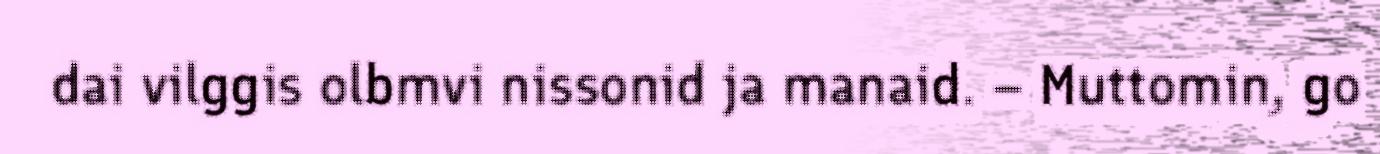
dai vilggis olbmvi nissonid ja manaid. – Muttomin, go